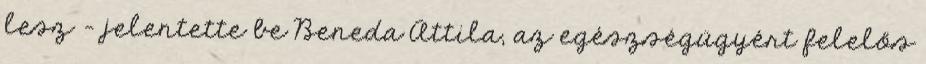
lesz - jelentette be Beneda Attila, az egészségügyért felelős